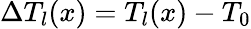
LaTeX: \Delta T_{l}(x)=T_{l}(x)-T_{0}